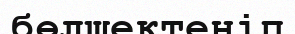
бөлшектеніп